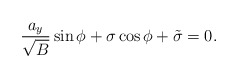
\begin{align*}\frac{a_y}{\sqrt B}\sin\phi+\sigma\cos\phi+\tilde\sigma=0.\end{align*}